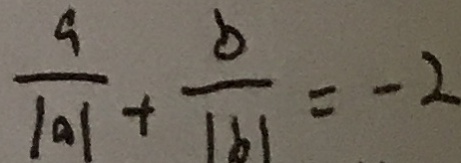
\frac { a } { \vert a \vert } + \frac { b } { \vert b \vert } = - 2